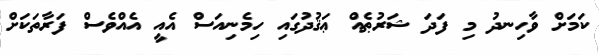
ކަމަށް ވާހިނދު މި ފަދަ ޝަރުޠެއް ޢަޤުދުގައި ހިމެނިއަސް އެއީ އެއްވެސް ފަރާތަކަށް